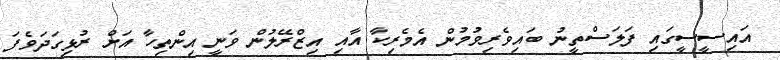
އައިސީސީގައި ފަލަސްތީނު ބައިވެރިވުމުން އެމެރިކާ އާއި އިޒްރޭލުން ވަނީ އިންތިހާ އަށް ރުޅިގަދަވެފަ